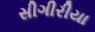
સીગીરીયા